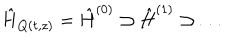
\hat { H } _ { Q ( t , z ) } = \hat { H } ^ { ( 0 ) } \supset \hat { H } ^ { ( 1 ) } \supset \ldots